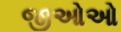
જીઓઓ